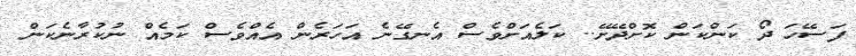
ފަސޭހަ ދޯ ކަންކަން ކޮށްދޭށޭ.. ކަލެއަށްވެސް އެނގޭނެ އަހަރެން އެއްވެސް ކަމެއް ނުކުރާނެކަން